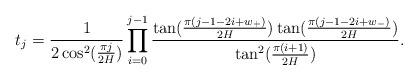
LaTeX: \begin{align*}t_{j}=\frac{1}{2\cos ^{2}(\frac{\pi j}{2H})}\prod_{i=0}^{j-1}\frac{\tan (\frac{\pi (j-1-2i+w_{+})}{2H})\tan (\frac{\pi (j-1-2i+w_{-})}{2H})}{\tan^{2}(\frac{\pi (i+1)}{2H})}. \end{align*}